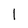
Character: 1